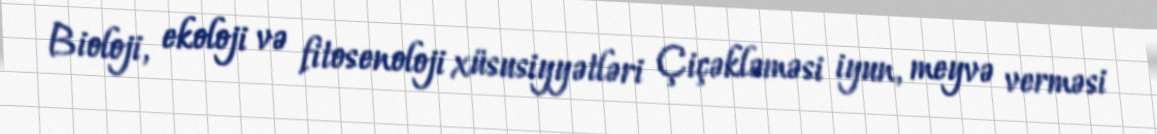
Bioloji, ekoloji və fitosenoloji xüsusiyyətləri Çiçəkləməsi iyun, meyvə verməsi